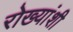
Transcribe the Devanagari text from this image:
रोख्यांशी